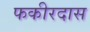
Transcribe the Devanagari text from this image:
फकीरदास